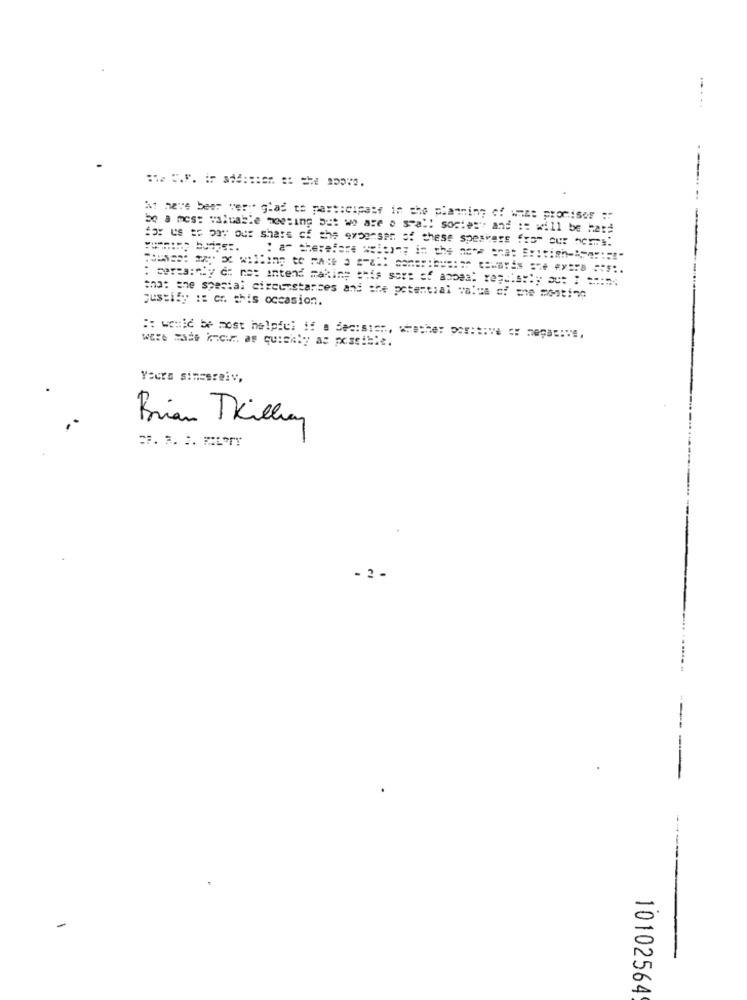
.....
Af have been very glad to participate in che planning of what promises :
be a mes: valuable wowesing but we are a stal! society and := will be hata
for us to pay out share of the expenses of these speakers from our norms!
: ceres:"by d: no: intend making this sort of anpea: regularly au: : ====
justify :: cr. this occasion.
that the special circumstances and the potential value of me 201ting
were made inour. as quickly as possible.
:: wowić be most helpful if a Sec:sish, whathe: por:tive c: megas :. e.
Yours sincerely,
Brian Trillian
- 2 -
10102564